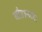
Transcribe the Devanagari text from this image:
चौहानला